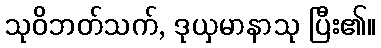
သုဝိဘတ်သက်, ဒုယှမာနာသု ပြီး၏။